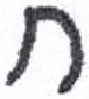
אות: ח